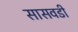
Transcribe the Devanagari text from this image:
सासवडी